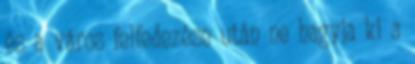
és a város felfedezése után ne hagyja ki a